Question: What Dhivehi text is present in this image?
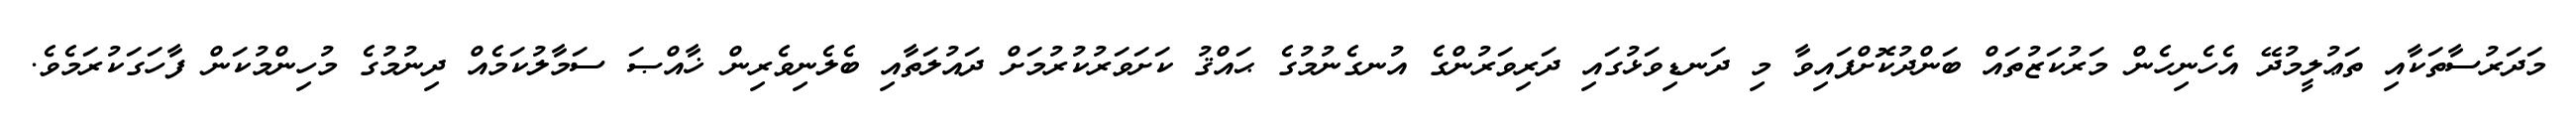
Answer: މަދަރުސާތަކާއި ތަޢުލީމުދޭ އެހެނިހެން މަރުކަޒުތައް ބަންދުކޮށްފައިވާ މި ދަނޑިވަޅުގައި ދަރިވަރުންގެ އުނގެނުމުގެ ޙައްޤު ކަށަވަރުކުރުމަށް ދައުލަތާއި ބެލެނިވެރިން ޚާއްޞަ ސަމާލުކަމެއް ދިނުމުގެ މުހިންމުކަން ފާހަގަކުރަމެވެ.